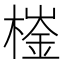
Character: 𣙌